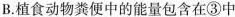
B.植食动物粪便中的能量包含在③中